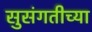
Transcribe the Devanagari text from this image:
सुसंगतीच्या